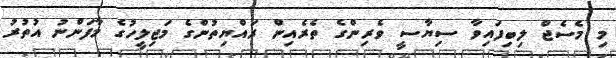
މި މެސެޖް ލިބިފައިވާ ސިޔާސީ ވެރިންގެ ތެރެއިން ރައްޔިތުންގެ މަޖިލީހުގެ މާފަންނު އުތުރު